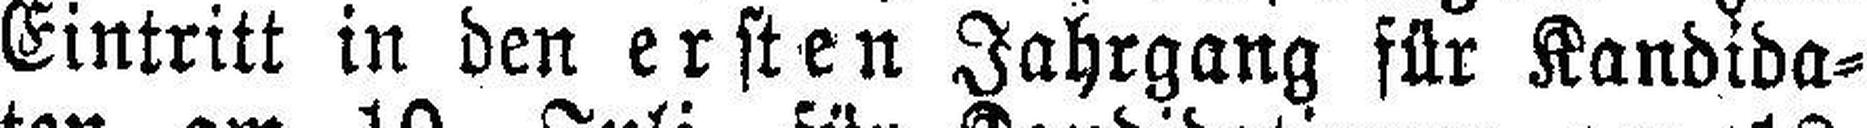
Eintritt in den ersten Jahrgang für Kandida¬